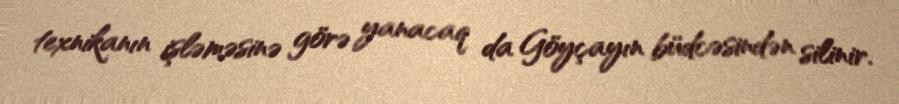
texnikanın işləməsinə görə yanacaq da Göyçayın büdcəsindən silinir.